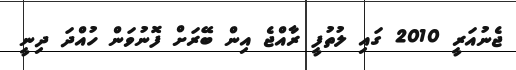
ޖެނުއަރީ 2010 ގައި ލުތުފީ ރާއްޖެ އިން ބޭރަށް ފޮނުވަން ހުއްދަ ދިނީ